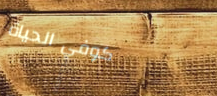
كوفي الحياة